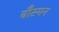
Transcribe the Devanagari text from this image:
बौस्मन